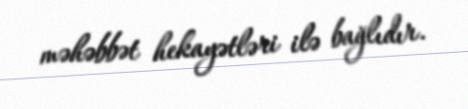
məhəbbət hekayətləri ilə bağlıdır.